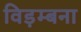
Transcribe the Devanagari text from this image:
विड़म्बना